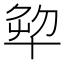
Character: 𠦨